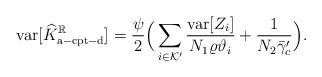
LaTeX: \begin{align*}\mathrm{var}[\widehat{K}_{\mathrm{a-cpt-d}}^\mathbb{R}]=\frac{\psi}{2}\Big(\sum_{i\in\mathcal{K}'}\frac{\mathrm{var}[Z_i]}{N_1\varrho\vartheta_i}+\frac{1}{N_2\bar{\gamma}_c'}\Big).\end{align*}